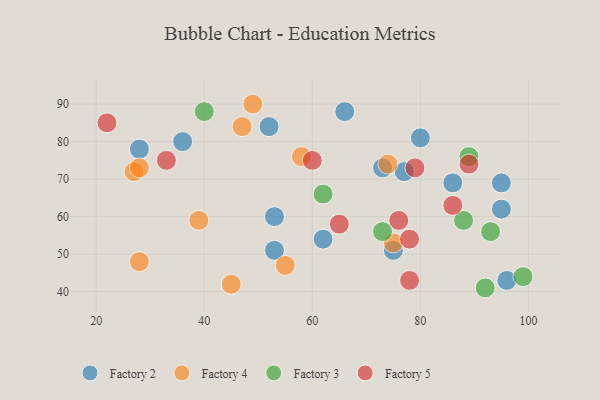
{"axis": {"x": "GDP", "y": "Life Expectancy"}, "legend": ["Factory 2", "Factory 3", "Factory 4", "Factory 5"], "data": [{"x": "77", "y": 72, "type": "Factory 2"}, {"x": "96", "y": 43, "type": "Factory 2"}, {"x": "53", "y": 51, "type": "Factory 2"}, {"x": "52", "y": 84, "type": "Factory 2"}, {"x": "73", "y": 73, "type": "Factory 2"}, {"x": "95", "y": 69, "type": "Factory 2"}, {"x": "28", "y": 78, "type": "Factory 2"}, {"x": "66", "y": 88, "type": "Factory 2"}, {"x": "62", "y": 54, "type": "Factory 2"}, {"x": "53", "y": 60, "type": "Factory 2"}, {"x": "80", "y": 81, "type": "Factory 2"}, {"x": "36", "y": 80, "type": "Factory 2"}, {"x": "75", "y": 51, "type": "Factory 2"}, {"x": "86", "y": 69, "type": "Factory 2"}, {"x": "95", "y": 62, "type": "Factory 2"}, {"x": "75", "y": 53, "type": "Factory 4"}, {"x": "27", "y": 72, "type": "Factory 4"}, {"x": "39", "y": 59, "type": "Factory 4"}, {"x": "58", "y": 76, "type": "Factory 4"}, {"x": "49", "y": 90, "type": "Factory 4"}, {"x": "45", "y": 42, "type": "Factory 4"}, {"x": "47", "y": 84, "type": "Factory 4"}, {"x": "28", "y": 73, "type": "Factory 4"}, {"x": "55", "y": 47, "type": "Factory 4"}, {"x": "28", "y": 48, "type": "Factory 4"}, {"x": "74", "y": 74, "type": "Factory 4"}, {"x": "73", "y": 56, "type": "Factory 3"}, {"x": "40", "y": 88, "type": "Factory 3"}, {"x": "92", "y": 41, "type": "Factory 3"}, {"x": "88", "y": 59, "type": "Factory 3"}, {"x": "62", "y": 66, "type": "Factory 3"}, {"x": "89", "y": 76, "type": "Factory 3"}, {"x": "93", "y": 56, "type": "Factory 3"}, {"x": "99", "y": 44, "type": "Factory 3"}, {"x": "78", "y": 43, "type": "Factory 5"}, {"x": "76", "y": 59, "type": "Factory 5"}, {"x": "65", "y": 58, "type": "Factory 5"}, {"x": "79", "y": 73, "type": "Factory 5"}, {"x": "33", "y": 75, "type": "Factory 5"}, {"x": "89", "y": 74, "type": "Factory 5"}, {"x": "60", "y": 75, "type": "Factory 5"}, {"x": "22", "y": 85, "type": "Factory 5"}, {"x": "78", "y": 54, "type": "Factory 5"}, {"x": "86", "y": 63, "type": "Factory 5"}]}